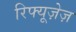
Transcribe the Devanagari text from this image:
रिफ्यूज़ेज़